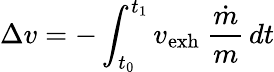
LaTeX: \Delta{v}=-\int_{t_{0}}^{t_{1}}{v_{\mathrm{exh}}\ {\frac{\dot{m}}{m}}}\, dt